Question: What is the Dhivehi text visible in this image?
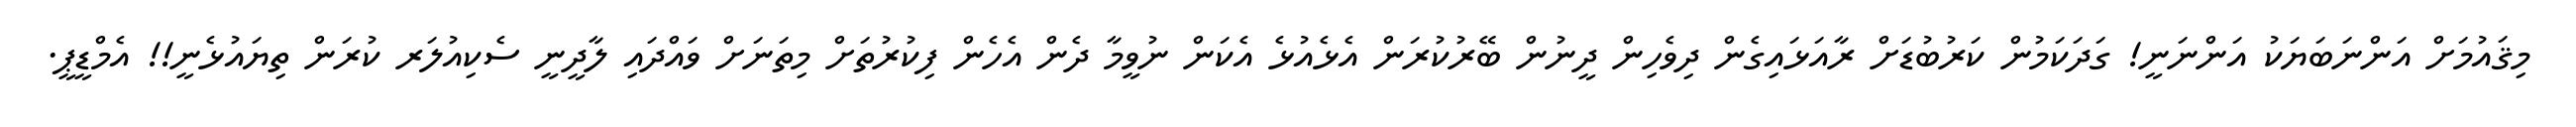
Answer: މިޤައުމަށް އަންނަބަޔަކު އަންނަނީ! ގަދަކަމުން ކަރުބުޑަށް ރާއަޅައިގެން ދިވެހިން ދީނުން ބޭރުކުރަން އެޅެއުޅެ އެކަން ނުވީމާ ދެން އެހެން ފިކުރުތަށް މިތަނަށް ވައްދައި ލާދީނީ ސެކިއުލަރ ކުރަން ތިޔައުޅެނީ!! އެމްޑީޕީ.